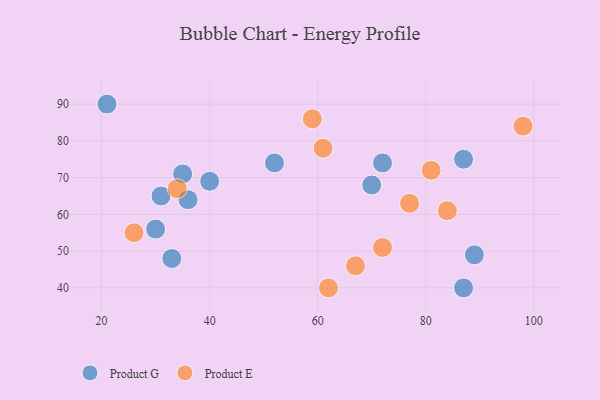
{"axis": {"x": "GDP", "y": "Life Expectancy"}, "legend": ["Product E", "Product G"], "data": [{"x": "21", "y": 90, "type": "Product G"}, {"x": "30", "y": 56, "type": "Product G"}, {"x": "89", "y": 49, "type": "Product G"}, {"x": "87", "y": 40, "type": "Product G"}, {"x": "72", "y": 74, "type": "Product G"}, {"x": "36", "y": 64, "type": "Product G"}, {"x": "70", "y": 68, "type": "Product G"}, {"x": "52", "y": 74, "type": "Product G"}, {"x": "35", "y": 71, "type": "Product G"}, {"x": "33", "y": 48, "type": "Product G"}, {"x": "87", "y": 75, "type": "Product G"}, {"x": "40", "y": 69, "type": "Product G"}, {"x": "31", "y": 65, "type": "Product G"}, {"x": "59", "y": 86, "type": "Product E"}, {"x": "84", "y": 61, "type": "Product E"}, {"x": "62", "y": 40, "type": "Product E"}, {"x": "72", "y": 51, "type": "Product E"}, {"x": "34", "y": 67, "type": "Product E"}, {"x": "81", "y": 72, "type": "Product E"}, {"x": "67", "y": 46, "type": "Product E"}, {"x": "77", "y": 63, "type": "Product E"}, {"x": "26", "y": 55, "type": "Product E"}, {"x": "61", "y": 78, "type": "Product E"}, {"x": "98", "y": 84, "type": "Product E"}]}